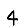
Digit: 4